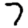
Digit: 7